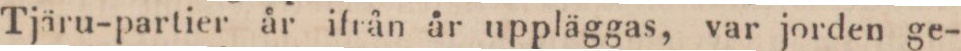
Tjäru-partier år ifrån år uppläggas, var jorden ge-